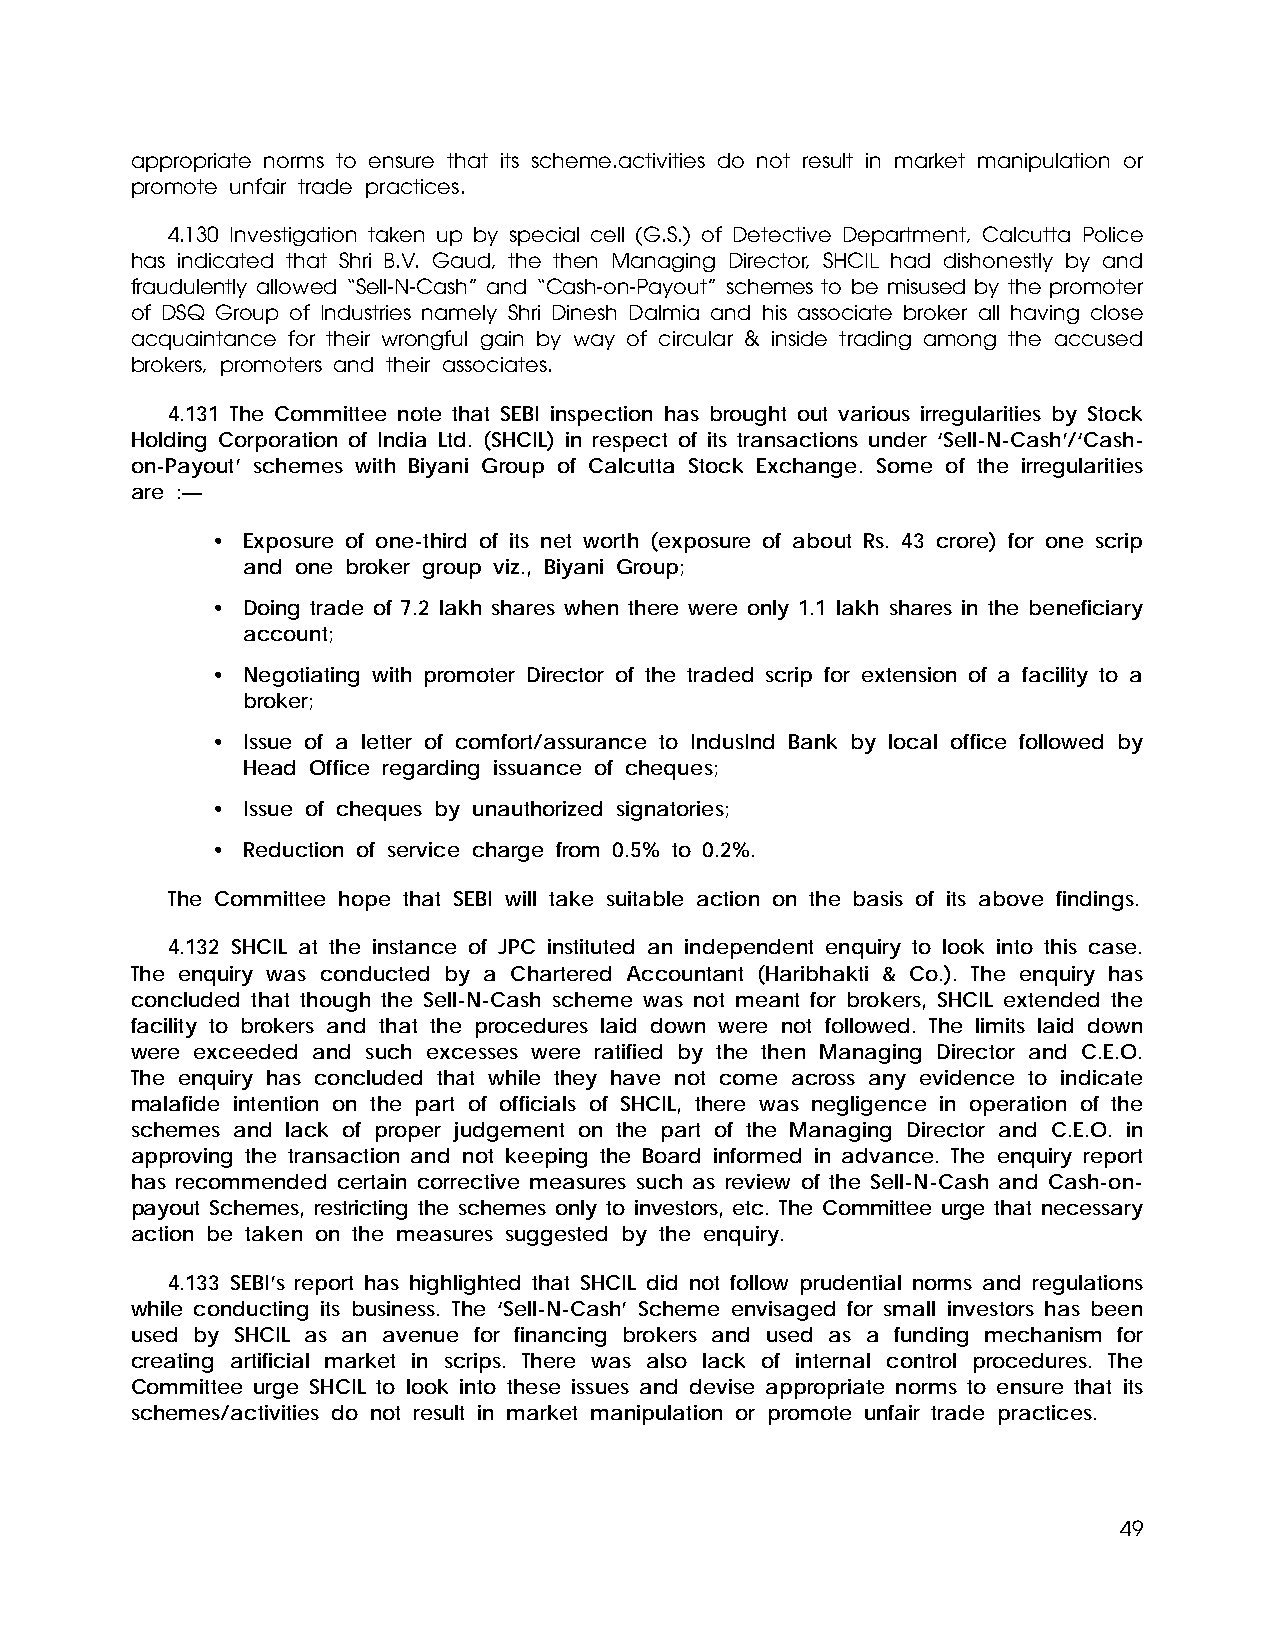
appropriate norms to ensure that its scheme.activities do not result in market manipulation or
 promote unfair trade practices.
 4.130 Investigation taken up by special cell (G.S.) of Detective Department, Calcutta Police
 has indicated that Shri B.V. Gaud, the then Managing Director, SHCIL had dishonestly by and
 fraudulently allowed “Sell-N-Cash” and “Cash-on-Payout” schemes to be misused by the promoter
 of DSQ Group of Industries namely Shri Dinesh Dalmia and his associate broker all having close
 acquaintance for their wrongful gain by way of circular & inside trading among the accused
 brokers, promoters and their associates.
 4.131 The Committee note that SEBI inspection has brought out various irregularities by Stock
 Holding Corporation of India Ltd. (SHCIL) in respect of its transactions under ‘Sell-N-Cash’/‘Cash-
 on-Payout’ schemes with Biyani Group of Calcutta Stock Exchange. Some of the irregularities
 are :—
 • Exposure of one-third of its net worth (exposure of about Rs. 43 crore) for one scrip
 and one broker group viz., Biyani Group;
 • Doing trade of 7.2 lakh shares when there were only 1.1 lakh shares in the beneficiary
 account;
 • Negotiating with promoter Director of the traded scrip for extension of a facility to a
 broker;
 • Issue of a letter of comfort/assurance to IndusInd Bank by local office followed by
 Head Office regarding issuance of cheques;
 • Issue of cheques by unauthorized signatories;
 • Reduction of service charge from 0.5% to 0.2%.
 The Committee hope that SEBI will take suitable action on the basis of its above findings.
 4.132 SHCIL at the instance of JPC instituted an independent enquiry to look into this case.
 The enquiry was conducted by a Chartered Accountant (Haribhakti & Co.). The enquiry has
 concluded that though the Sell-N-Cash scheme was not meant for brokers, SHCIL extended the
 facility to brokers and that the procedures laid down were not followed. The limits laid down
 were exceeded and such excesses were ratified by the then Managing Director and C.E.O.
 The enquiry has concluded that while they have not come across any evidence to indicate
 malafide intention on the part of officials of SHCIL, there was negligence in operation of the
 schemes and lack of proper judgement on the part of the Managing Director and C.E.O. in
 approving the transaction and not keeping the Board informed in advance. The enquiry report
 has recommended certain corrective measures such as review of the Sell-N-Cash and Cash-on-
 payout Schemes, restricting the schemes only to investors, etc. The Committee urge that necessary
 action be taken on the measures suggested by the enquiry.
 4.133 SEBI’s report has highlighted that SHCIL did not follow prudential norms and regulations
 while conducting its business. The ‘Sell-N-Cash’ Scheme envisaged for small investors has been
 used by SHCIL as an avenue for financing brokers and used as a funding mechanism for
 creating artificial market in scrips. There was also lack of internal control procedures. The
 Committee urge SHCIL to look into these issues and devise appropriate norms to ensure that its
 schemes/activities do not result in market manipulation or promote unfair trade practices.
 49